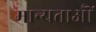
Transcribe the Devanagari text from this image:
मान्यताऒं